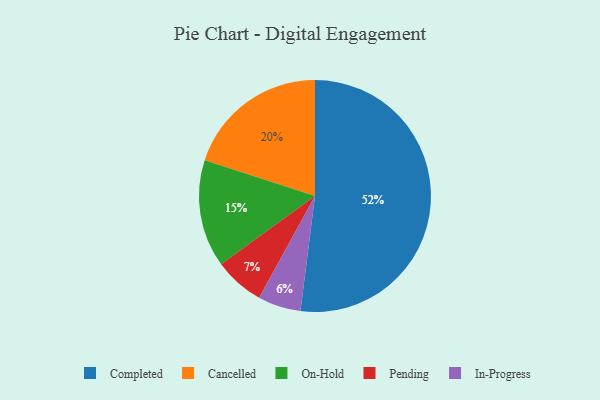
{"axis": {"x": "Category", "y": "Percentage"}, "legend": ["Cancelled", "Completed", "In-Progress", "On-Hold", "Pending"], "data": [{"x": "On-Hold", "y": 15, "type": "On-Hold"}, {"x": "In-Progress", "y": 6, "type": "In-Progress"}, {"x": "Completed", "y": 52, "type": "Completed"}, {"x": "Pending", "y": 7, "type": "Pending"}, {"x": "Cancelled", "y": 20, "type": "Cancelled"}]}